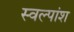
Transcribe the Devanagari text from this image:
स्वल्पांश